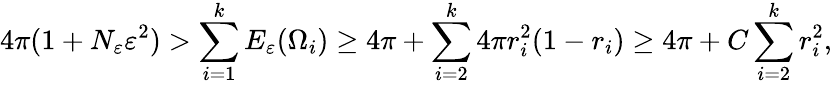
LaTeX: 4\pi(1+N_{\varepsilon}\varepsilon^{2})>\sum_{i=1}^{k}E_{\varepsilon}(\Omega_{i})\geq 4\pi+\sum_{i=2}^{k}4\pi r_{i}^{2}(1-r_{i})\geq 4\pi+C\sum_{i=2}^{k}r_{i}^{2},